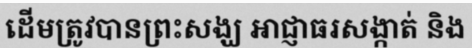
ដើមត្រូវបានព្រះសង្ឃ អាជ្ញាធរសង្កាត់ និង